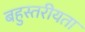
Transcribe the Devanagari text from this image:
बहुस्तरीयता